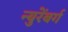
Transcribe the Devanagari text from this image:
न्युरेंबर्ग